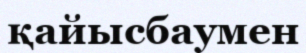
қайысбаумен